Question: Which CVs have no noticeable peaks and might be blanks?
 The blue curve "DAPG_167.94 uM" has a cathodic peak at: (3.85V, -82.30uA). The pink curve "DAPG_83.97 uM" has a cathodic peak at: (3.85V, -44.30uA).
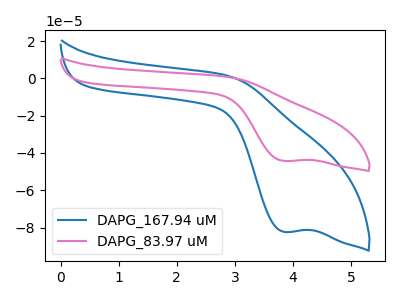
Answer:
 <answer>There are not any CV's on this graph that are likely to be blanks.</answer>
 <eval>none</eval>